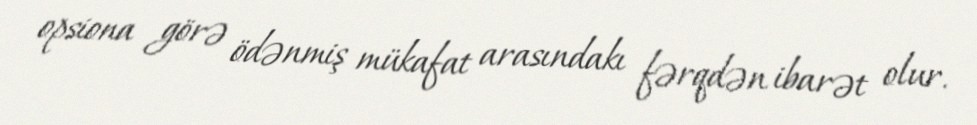
opsiona görə ödənmiş mükafat arasındakı fərqdən ibarət olur.